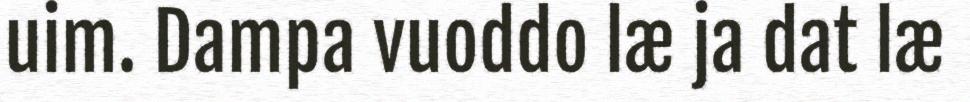
uim. Dampa vuoddo læ ja dat læ